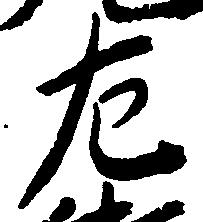
左